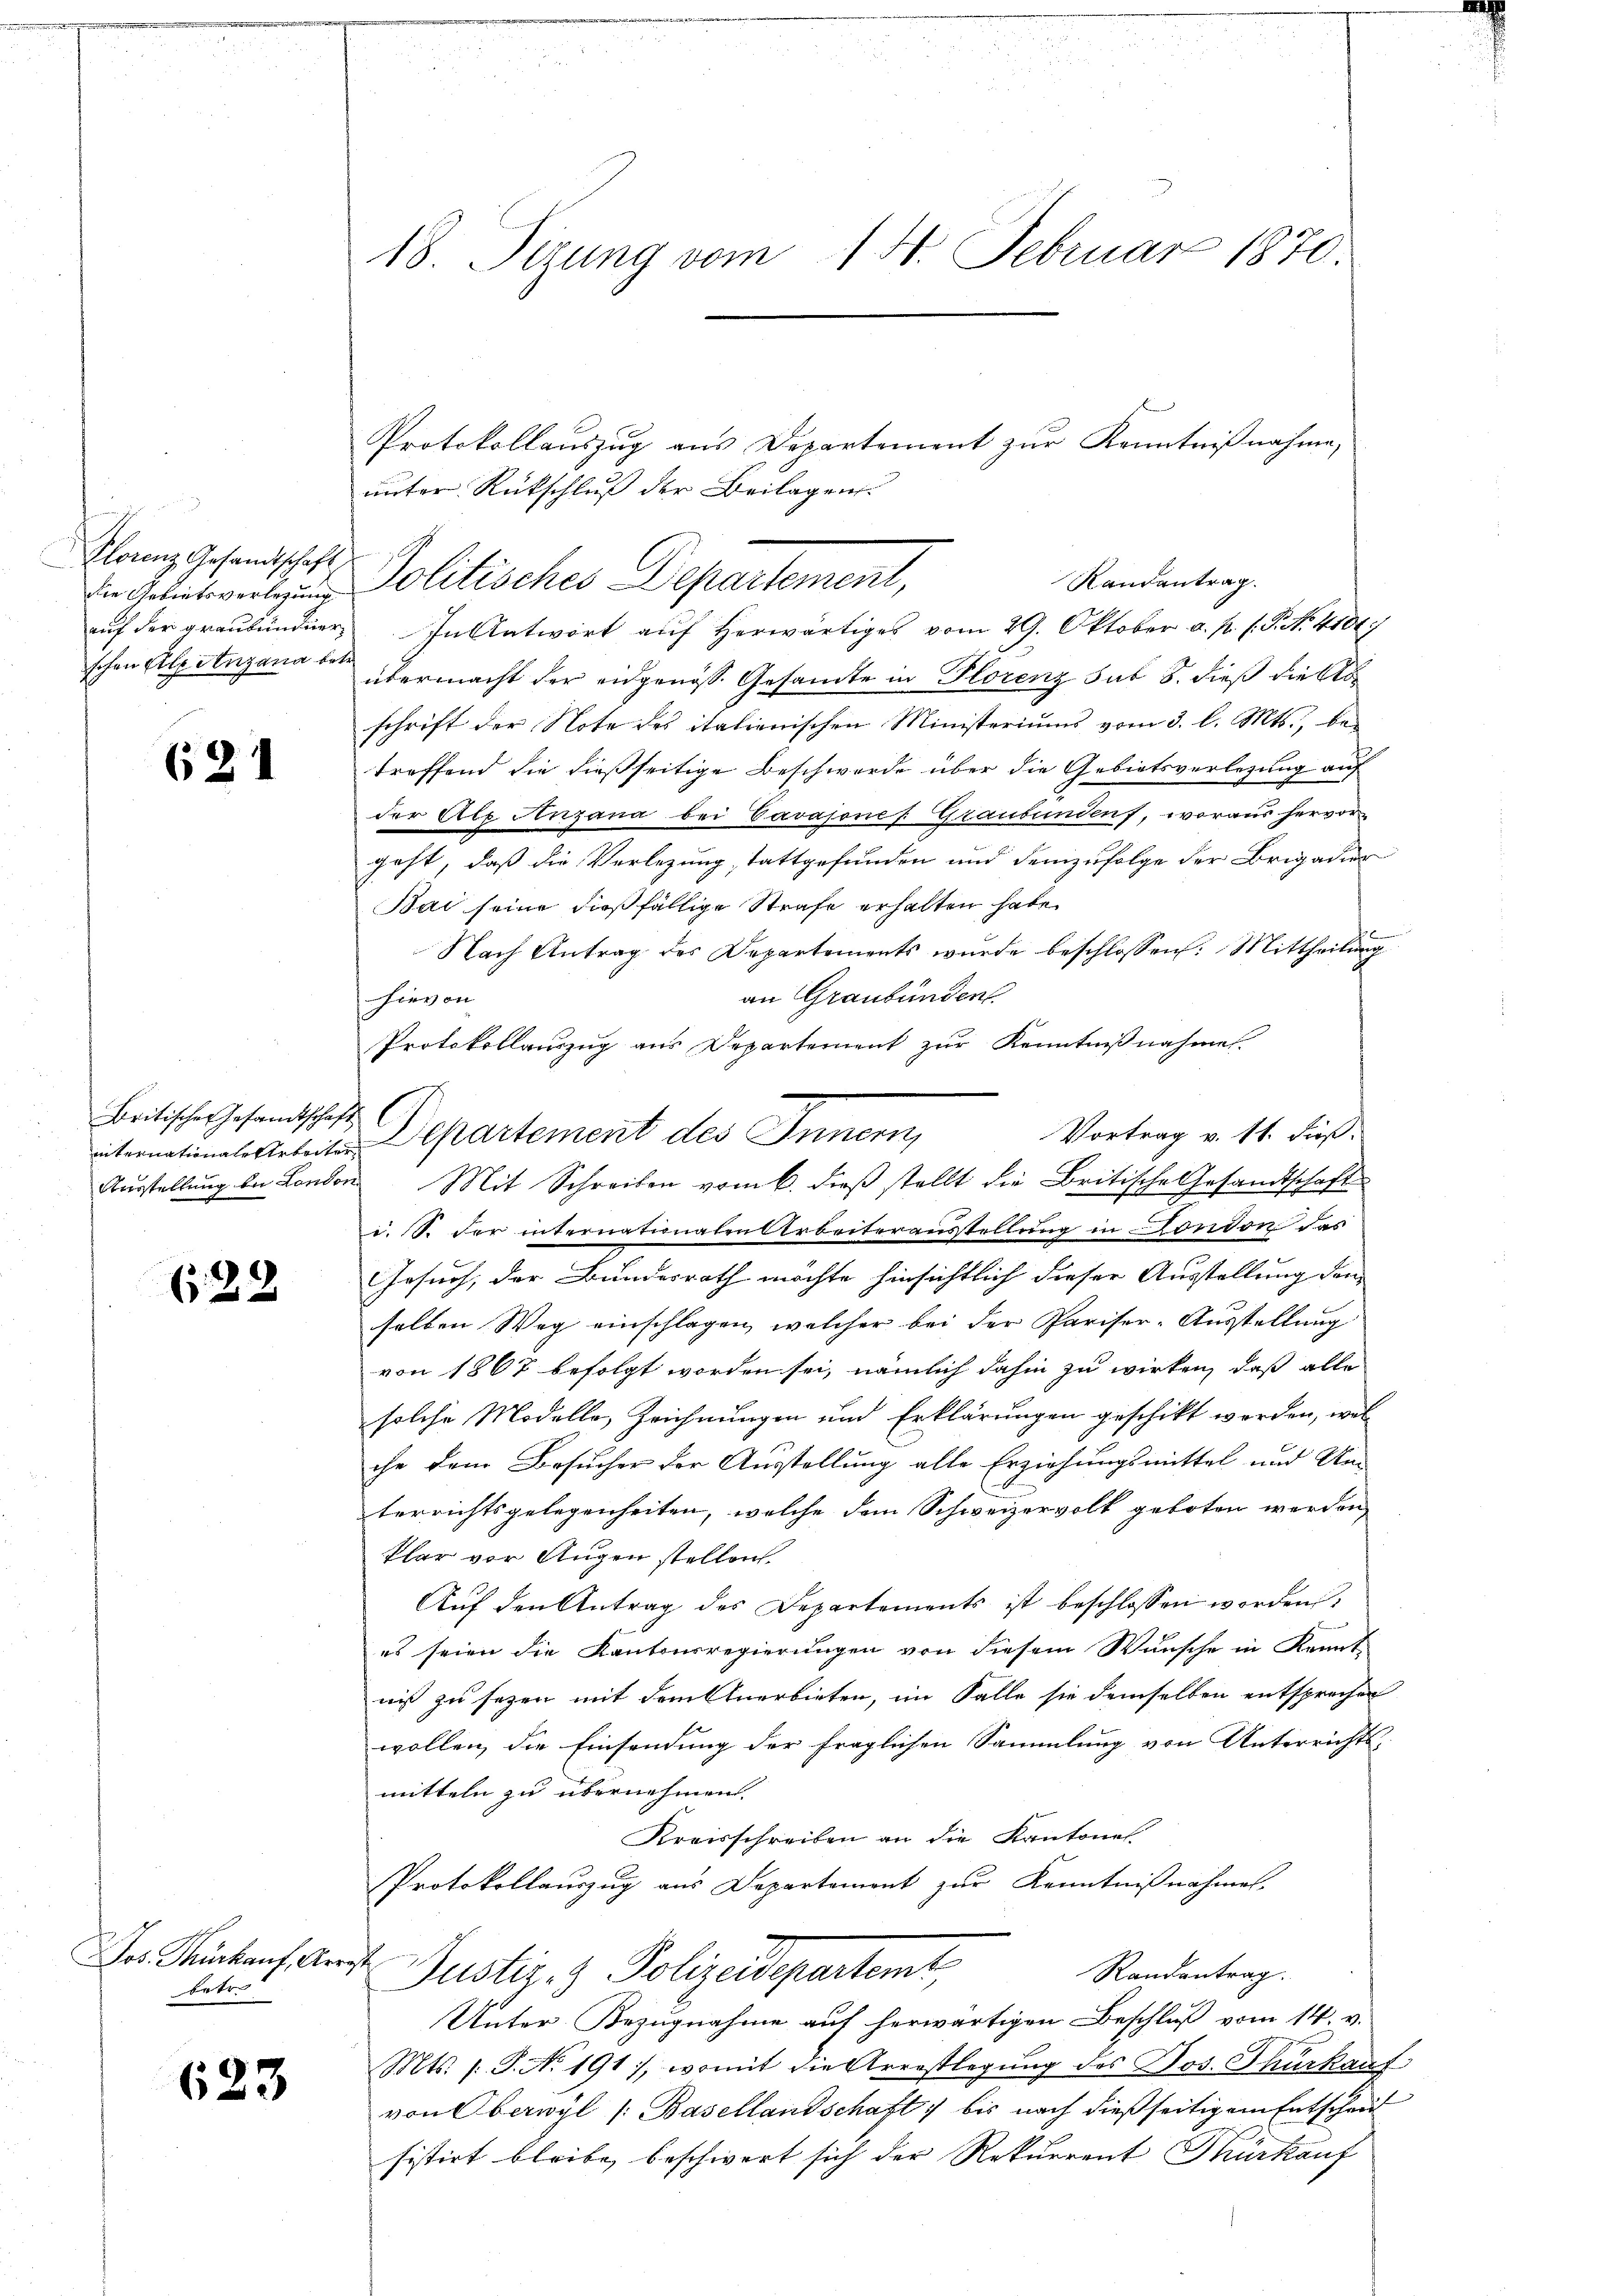
Klorenz Gesandtschaft,
die Gebietsverlegung
auf der graubündner
schen Ale anzana betr.

621

Britischer Gesamtschaft

622

Jos. Thürkauf, Arrest
betro

623

18. Sizung vom 14. Februar 1870.

Protokollaŭszŭg ans Departement zŭr Kenntniβnahme,
unter Rückschluß der Beilagen.
Randantrag.
Politische Departement,
In Antwort auf herwärtiges vom 29. Oktober a. p. 1. P. N. 4101
übermacht der eidgenöss. Gesamte in Plorenz sub 8. dieß die Abschrift der Note des italienischen Ministeriums vom 3. l. Mts., be-
treffend die dießseitige Beschwerde über die Gebietsverlesung auf
der Alp Anzana bei Vavasones Graubünden, woraus hervor-
geht, daß die Verlegung stattgefunden und demzufolge der Brigadier
Bai seine dießfällige Strafe erhalten habe.
Nach Antrag des Departements wurde beschlossen: Mittheilung
an Graubünden
hievon
Protokollauszug aus Departement zur Kenntnißnahmen.
Aŭsstellŭng bei London Mit Schreiben vom 6. dieβ stellt die Britische Gesandtschaft
i. S. der internationalen Arbeiterausstellung in London das
Gesuch, der Bundesrath möchte hinsichtlich dieser Ausstellung den
solten Weg einschlagen, welcher bei der Pariser-Ausstellung
von 1867 befolgt worden sei, nämlich dahin zu wirken, daß alle
solche Modelle, Zeichnungen und Erklärungen geschikt worden, wel
che dem Besucher der Ausstellung alle Erziehungsmittel und Unterrichtsgelegenheiten, welche dem Schweizervolk geboten werden,
klar vor Augen stellen.
Aŭf den Antrag des Departements ist beschlossen worden.
es seien die Kantonsregierungen von diesem Wunsche in Kennt
niß zu sezen mit dem Anerbieten, im Falle sie demselben entsprechen
wollen, die Einsendung der fraglichen Sammlung von Unterrichtsmitteln zu übernehmen.
Kreisschreiben an die Kantones
Protokollauszug aus Departemont zur Kenntnißnahmen.
Justiz- & Polizeidepartamt,
Randantrag.
Unter Bezugnahme auf herwärtigen Beschluß vom 14. v.
Mts. s. S. No. 191, womit die Arrestlegung des Jos. Thürkauf
von Oberwyl /: Basellandschaft bis nach dießseitigem Entschei
sistirt bleibe beschwert sich der Rekurrent Türkauf

Vortrag v. 11. dieß.
iternational-Arbeiten Departement des Innern,